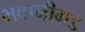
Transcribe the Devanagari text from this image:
भवानीगड